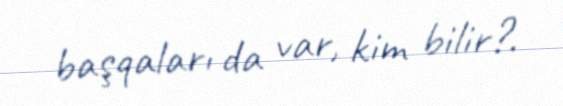
başqaları da var, kim bilir?.